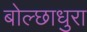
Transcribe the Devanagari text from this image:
बोल्छाधुरा